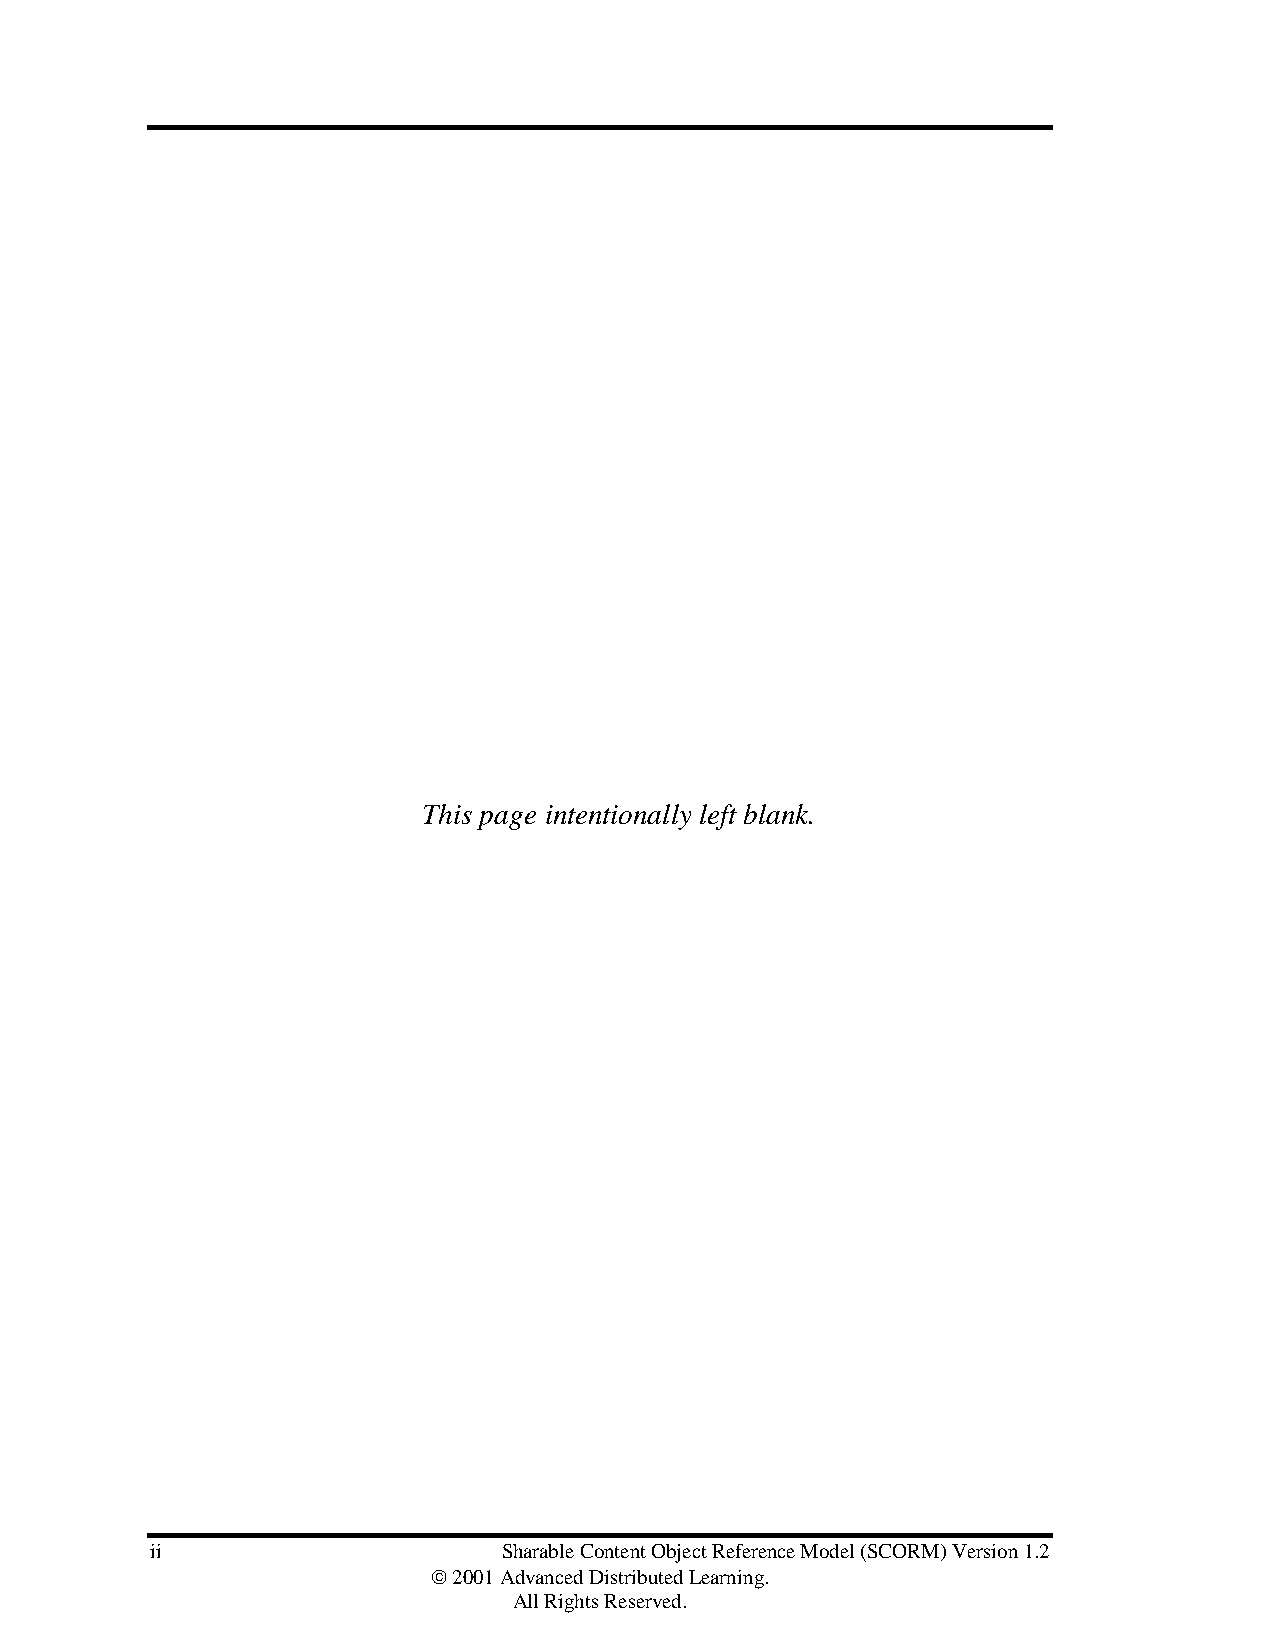
This page intentionally left blank.
 ii                     Sharable Content Object Reference Model (SCORM) Version 1.2
  2001 Advanced Distributed Learning.
 All Rights Reserved.